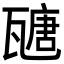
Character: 𤮂